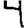
Digit: 4